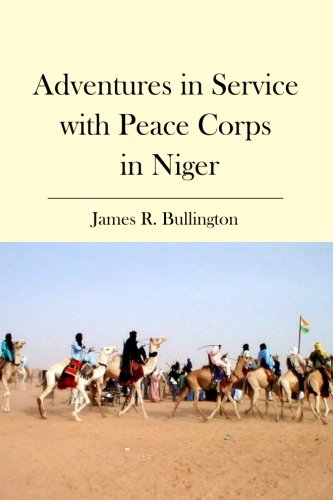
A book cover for Adventures in Service with Peace Corps in Niger; James R. Bullington; Travel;